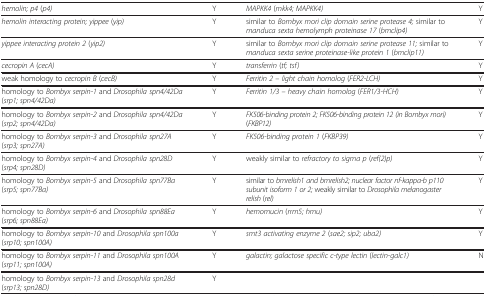
<table><thead></thead><tbody><tr><td><i>hemolin; p4</i> (<i>p4)</i></td><td>Y</td><td><i>MAPKK4</i> (<i>mkk4; MAPKK4)</i></td><td>Y</td></tr><tr><td><i>hemolin interacting protein; yippee</i> (<i>yip)</i></td><td>Y</td><td>similar to <i>Bombyx mori clip domain serine protease4;</i> similar to <i>manduca sexta hemolymphproteinase 17</i> (<i>bmclip4)</i></td><td>Y</td></tr><tr><td><i>yippee interacting protein 2</i> (<i>yip2)</i></td><td>Y</td><td>similar to <i>Bombyx mori clip domain serine protease11;</i> similar to <i>manduca sexta serineproteinase-like protein 1</i> (<i>bmclip11)</i></td><td>Y</td></tr><tr><td><i>cecropin A</i> (<i>cecA)</i></td><td>Y</td><td><i>transferrin</i> (<i>tf; tsf)</i></td><td>Y</td></tr><tr><td>weak homology to <i>cecropin B</i> (<i>cecB)</i></td><td>Y</td><td><i>Ferritin 2 – light chain homolog</i>(<i>FER2-LCH)</i></td><td>Y</td></tr><tr><td>homology to <i>Bombyx serpin-1</i> and <i>Drosophilaspn4/42Da</i> (<i>srp1; spn4/42Da)</i></td><td>Y</td><td><i>Ferritin 1/3 – heavy chain homolog</i>(<i>FER1/3-HCH)</i></td><td>Y</td></tr><tr><td>homology to <i>Bombyx serpin-2</i> and <i>Drosophilaspn4/42Da</i> (<i>srp2; spn4/42Da)</i></td><td>Y</td><td><i>FK506-binding protein 2; FK506-binding protein 12 (inBombyx mori)</i> (<i>FKBP12)</i></td><td>Y</td></tr><tr><td>homology to <i>Bombyx serpin-3</i> and <i>Drosophilaspn27A</i> (<i>srp3; spn27A)</i></td><td>Y</td><td><i>FK506-binding protein 1</i> (<i>FKBP39)</i></td><td>Y</td></tr><tr><td>homology to <i>Bombyx serpin-4</i> and <i>Drosophilaspn28D</i> (<i>srp4; spn28D)</i></td><td>Y</td><td>weakly similar to <i>refractory to sigma p</i>(<i>ref(2)p)</i></td><td>Y</td></tr><tr><td>homology to <i>Bombyx serpin-5</i> and <i>Drosophilaspn77Ba</i> (<i>srp5; spn77Ba)</i></td><td>Y</td><td>similar to <i>bmrelish1 and bmrelish2; nuclear factornf-kappa-b p110 subunit isoform 1 or 2;</i> weaklysimilar to <i>Drosophila melanogaster relish</i>(<i>rel)</i></td><td>Y</td></tr><tr><td>homology to <i>Bombyx serpin-6</i> and <i>Drosophilaspn88Ea</i> (<i>srp6; spn88Ea)</i></td><td>Y</td><td><i>hemomucin</i> (<i>rrm5; hmu)</i></td><td>Y</td></tr><tr><td>homology to <i>Bombyx serpin-10</i> and <i>Drosophilaspn100a</i> (<i>srp10; spn100A)</i></td><td>Y</td><td><i>smt3 activating enzyme 2</i> (<i>sae2; sip2;uba2)</i></td><td>Y</td></tr><tr><td>homology to <i>Bombyx serpin-11</i> and <i>Drosophilaspn100A</i> (<i>srp11; spn100A)</i></td><td>Y</td><td><i>galactin; galactose specific c-type lectin</i>(<i>lectin-galc1)</i></td><td>N</td></tr><tr><td>homology to <i>Bombyx serpin-13</i> and <i>Drosophilaspn28d</i> (<i>srp13; spn28D)</i></td><td>Y</td><td> </td><td> </td></tr></tbody></table>